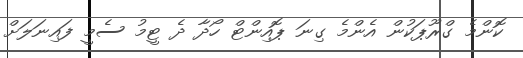
ކޮންމެ ގްރޫޕަކުން އެންމެ ގިނަ ޕޮއިންޓް ހޯދާ ދެ ޓީމު ސެމީ ފައިނަލަށް